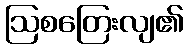
ဩစတြေးလျ၏